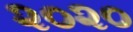
૨૦૨૦